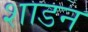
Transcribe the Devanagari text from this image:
शाडन